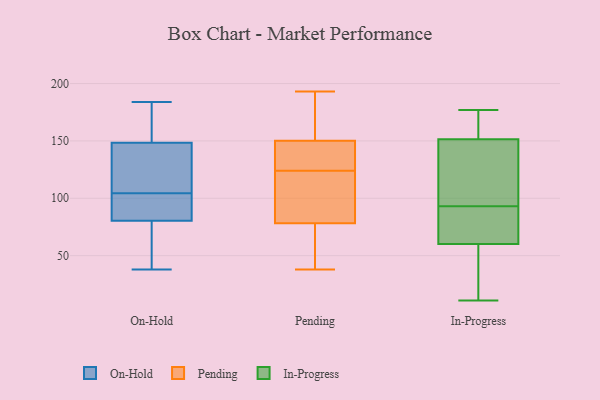
{"axis": {"x": "Headcount", "y": "Value"}, "legend": ["In-Progress", "On-Hold", "Pending"], "data": [{"x": "", "y": 171, "type": "On-Hold"}, {"x": "", "y": 122, "type": "On-Hold"}, {"x": "", "y": 72, "type": "On-Hold"}, {"x": "", "y": 38, "type": "On-Hold"}, {"x": "", "y": 98, "type": "On-Hold"}, {"x": "", "y": 160, "type": "On-Hold"}, {"x": "", "y": 89, "type": "On-Hold"}, {"x": "", "y": 122, "type": "On-Hold"}, {"x": "", "y": 43, "type": "On-Hold"}, {"x": "", "y": 111, "type": "On-Hold"}, {"x": "", "y": 96, "type": "On-Hold"}, {"x": "", "y": 152, "type": "On-Hold"}, {"x": "", "y": 184, "type": "On-Hold"}, {"x": "", "y": 92, "type": "On-Hold"}, {"x": "", "y": 145, "type": "On-Hold"}, {"x": "", "y": 54, "type": "On-Hold"}, {"x": "", "y": 69, "type": "Pending"}, {"x": "", "y": 148, "type": "Pending"}, {"x": "", "y": 112, "type": "Pending"}, {"x": "", "y": 158, "type": "Pending"}, {"x": "", "y": 144, "type": "Pending"}, {"x": "", "y": 38, "type": "Pending"}, {"x": "", "y": 151, "type": "Pending"}, {"x": "", "y": 94, "type": "Pending"}, {"x": "", "y": 73, "type": "Pending"}, {"x": "", "y": 124, "type": "Pending"}, {"x": "", "y": 193, "type": "Pending"}, {"x": "", "y": 11, "type": "In-Progress"}, {"x": "", "y": 53, "type": "In-Progress"}, {"x": "", "y": 159, "type": "In-Progress"}, {"x": "", "y": 169, "type": "In-Progress"}, {"x": "", "y": 33, "type": "In-Progress"}, {"x": "", "y": 129, "type": "In-Progress"}, {"x": "", "y": 91, "type": "In-Progress"}, {"x": "", "y": 82, "type": "In-Progress"}, {"x": "", "y": 156, "type": "In-Progress"}, {"x": "", "y": 86, "type": "In-Progress"}, {"x": "", "y": 16, "type": "In-Progress"}, {"x": "", "y": 147, "type": "In-Progress"}, {"x": "", "y": 153, "type": "In-Progress"}, {"x": "", "y": 112, "type": "In-Progress"}, {"x": "", "y": 93, "type": "In-Progress"}, {"x": "", "y": 91, "type": "In-Progress"}, {"x": "", "y": 26, "type": "In-Progress"}, {"x": "", "y": 177, "type": "In-Progress"}, {"x": "", "y": 97, "type": "In-Progress"}]}